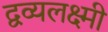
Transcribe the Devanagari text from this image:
द्वव्यलक्ष्मी